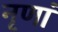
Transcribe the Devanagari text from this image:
नृणां